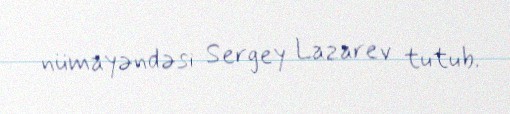
nümayəndəsi Sergey Lazarev tutub.